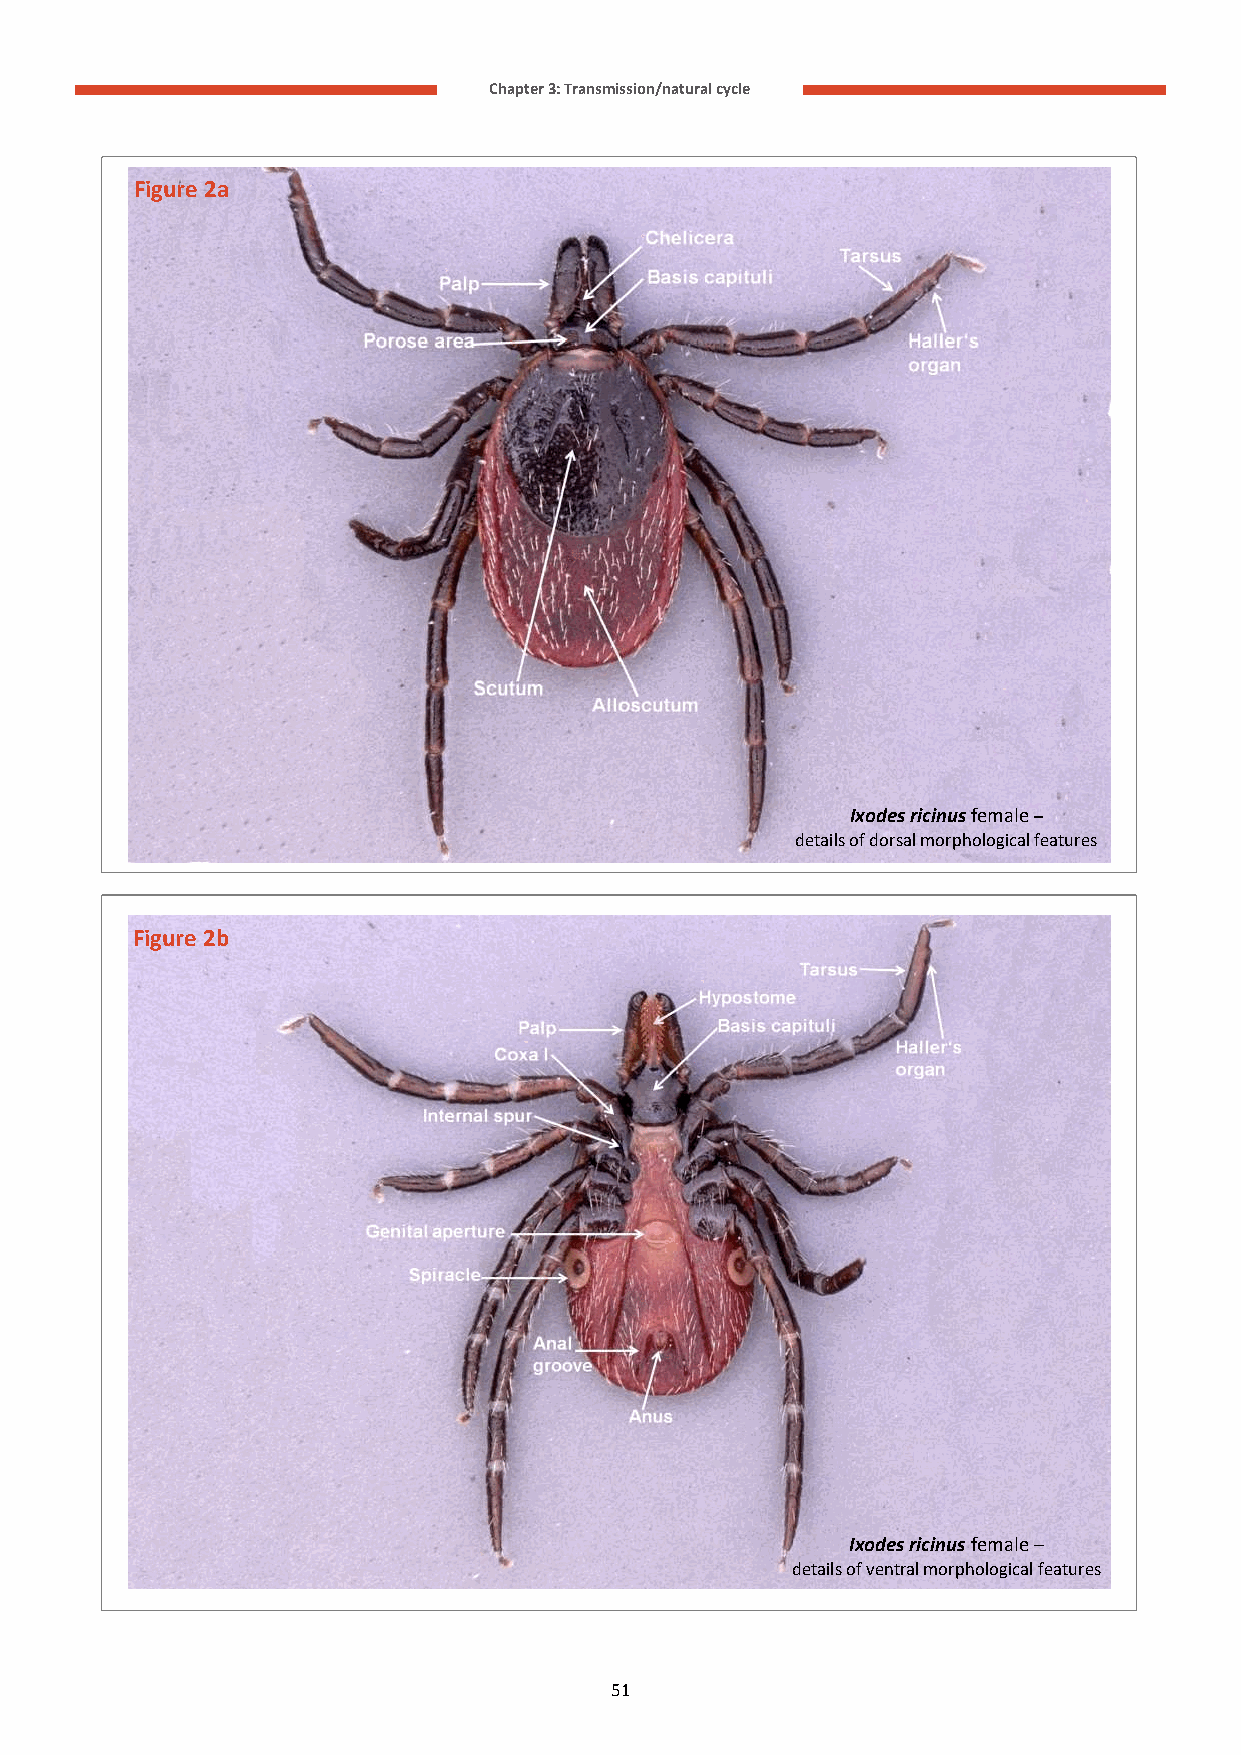
Chapter 3: Transmission/natural cycle
 Figure 2a
 Ixodes ricinus female –
 details of dorsal morphological features
 Figure 2b
 Ixodes ricinus female –
 details of ventral morphological features
 51